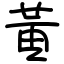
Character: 黃